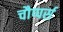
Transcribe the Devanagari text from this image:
चौप्पर्स